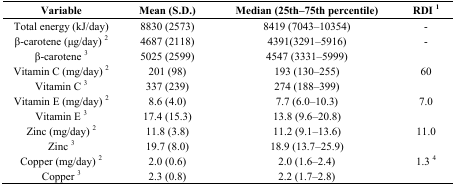
<table><thead><tr><td><b>Variable</b></td><td><b>Mean (S.D.)</b></td><td><b>Median (25th–75th percentile)</b></td><td><b>RDI <sup>1</sup></b></td></tr></thead><tbody><tr><td>Total energy (kJ/day)</td><td>8830 (2573)</td><td>8419 (7043–10354)</td><td>-</td></tr><tr><td>β-carotene (μg/day) <sup>2</sup></td><td>4687 (2118)</td><td>4391(3291–5916)</td><td>-</td></tr><tr><td>β-carotene <sup>3</sup></td><td>5025 (2599)</td><td>4547 (3331–5999)</td><td></td></tr><tr><td>Vitamin C (mg/day) <sup>2</sup></td><td>201 (98)</td><td>193 (130–255)</td><td>60</td></tr><tr><td>Vitamin C <sup>3</sup></td><td>337 (239)</td><td>274 (188–399)</td><td></td></tr><tr><td>Vitamin E (mg/day) <sup>2</sup></td><td>8.6 (4.0)</td><td>7.7 (6.0–10.3)</td><td>7.0</td></tr><tr><td>Vitamin E <sup>3</sup></td><td>17.4 (15.3)</td><td>13.8 (9.6–20.8)</td><td></td></tr><tr><td>Zinc (mg/day) <sup>2</sup></td><td>11.8 (3.8)</td><td>11.2 (9.1–13.6)</td><td>11.0</td></tr><tr><td>Zinc <sup>3</sup></td><td>19.7 (8.0)</td><td>18.9 (13.7–25.9)</td><td></td></tr><tr><td>Copper (mg/day) <sup>2</sup></td><td>2.0 (0.6)</td><td>2.0 (1.6–2.4)</td><td>1.3 <sup>4</sup></td></tr><tr><td>Copper <sup>3</sup></td><td>2.3 (0.8)</td><td>2.2 (1.7–2.8)</td><td></td></tr></tbody></table>